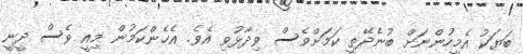
ބަޔަކު އެމީހުންނަށް ބުނެދޭތީ ކަމަށްވެސް ވިދާޅުވި އެވެ. އެހެންކަމުން މިއީ ވެސް ދީނީ